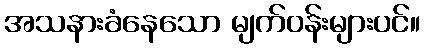
အသနားခံနေသော မျက်ဝန်းများပင်။